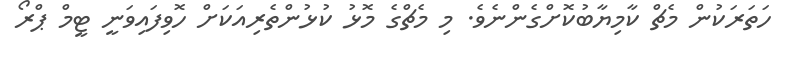
ހަތަރަކުން މެޗް ކާމިޔާބުކޮށްގެންނެވެ. މި މެޗްގެ މޮޅު ކުޅުންތެރިއަކަށް ހޮވިފައިވަނީ ޓީމް ޕްރޯ